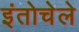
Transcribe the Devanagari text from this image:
इंतोचेले